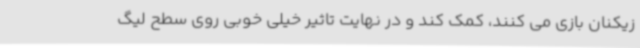
زیکنان بازی می کنند، کمک کند و در نهایت تاثیر خیلی خوبی روی سطح لیگ